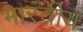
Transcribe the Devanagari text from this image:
भारंतीय